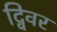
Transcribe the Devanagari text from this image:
द्विवर